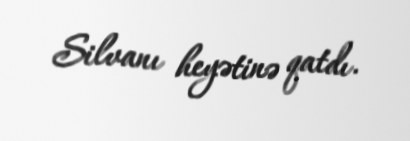
Silvanı heyətinə qatdı.